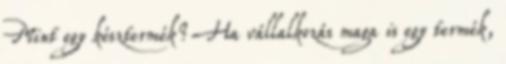
Mint egy késztermék? Ha vállalkozás maga is egy termék,